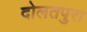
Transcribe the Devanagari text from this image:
दोलतपुरा